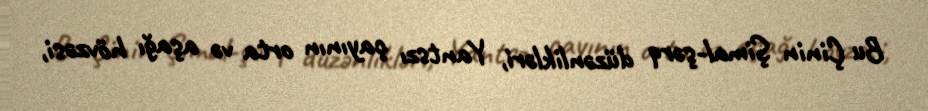
Bu Çinin Şimal-şərq düzənlikləri, Yantszı çayının orta və aşağı hövzəsi,